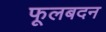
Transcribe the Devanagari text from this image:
फूलबदन